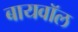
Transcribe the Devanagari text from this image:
बायवॉल